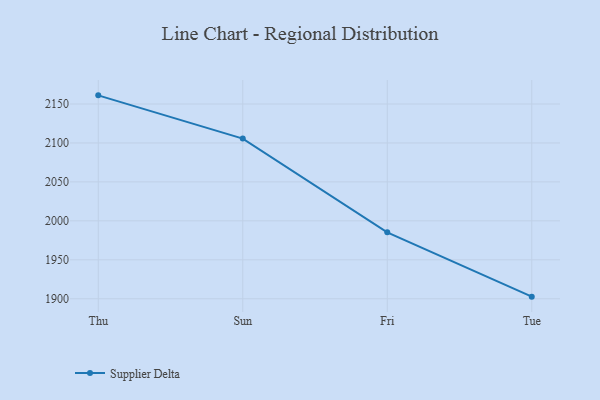
{"axis": {"x": "Day", "y": "Temperature (°C)"}, "legend": ["Supplier Delta"], "data": [{"x": "Thu", "y": 2161.1, "type": "Supplier Delta"}, {"x": "Sun", "y": 2105.6, "type": "Supplier Delta"}, {"x": "Fri", "y": 1985.3, "type": "Supplier Delta"}, {"x": "Tue", "y": 1902.7, "type": "Supplier Delta"}]}